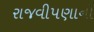
રાજવીપણાનો